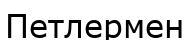
Петлермен